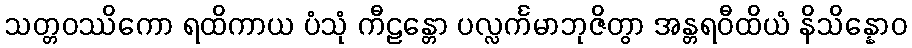
သတ္တဝဿိကော ရထိကာယ ပံသုံ ကီဠန္တော ပလ္လင်္ကမာဘုဇိတွာ အန္တရဝီထိယံ နိသိန္နောဝ